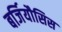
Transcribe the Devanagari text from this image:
बर्जियौसिस